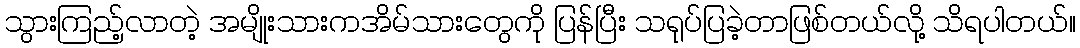
သွားကြည့်လာတဲ့ အမျိုးသားကအိမ်သားတွေကို ပြန်ပြီး သရုပ်ပြခဲ့တာဖြစ်တယ်လို့ သိရပါတယ်။